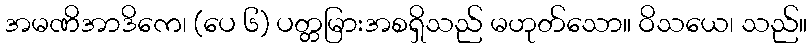
အမဏိအာဒိကေ၊ (ပေ ၆) ပတ္တမြားအစရှိသည် မဟုတ်သော။ ဝိသယေ၊ သည်။